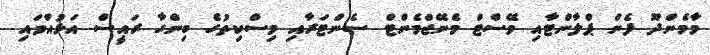
މާމެންދޫ ފެން ޕްލާންޓާއި ވޭސްޓް މެނޭޖްމެންޓް ސެންޓަރާއި މިސްކިތުގެ ބިންގާ ރައީސް އަޅުއްވައި